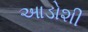
આડોશી